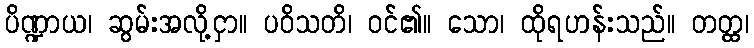
ပိဏ္ဍာယ၊ ဆွမ်းအလို့ငှာ။ ပဝိသတိ၊ ဝင်၏။ သော၊ ထိုရဟန်းသည်။ တတ္ထ၊